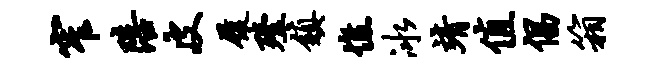
窄陪皮履殪镇憔冰靖值倡箱